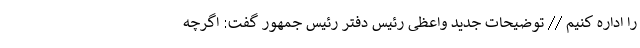
را اداره کنیم // توضیحات جدید واعظی رئیس دفتر رئیس جمهور گفت: اگرچه